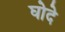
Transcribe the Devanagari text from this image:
घोदे